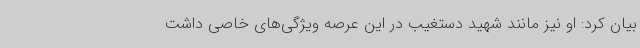
بیان کرد: او نیز مانند شهید دستغیب در این عرصه ویژگی‌های خاصی داشت